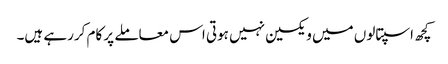
کچھ اسپتالوں میں ویکسین نہیں ہوتی اس معاملے پر کام کررہے ہیں۔